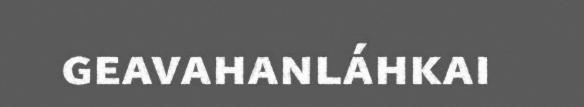
geavahanláhkai